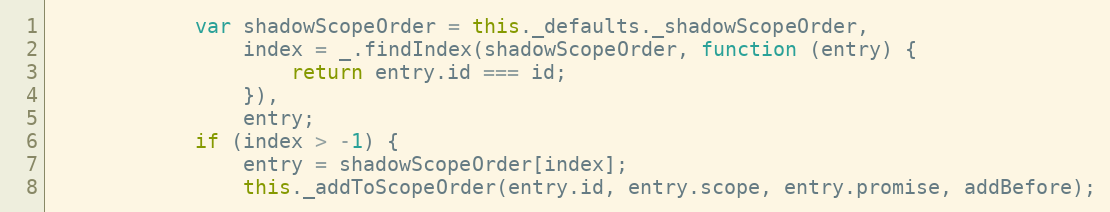
Language: JavaScript
            var shadowScopeOrder = this._defaults._shadowScopeOrder,
                index = _.findIndex(shadowScopeOrder, function (entry) {
                    return entry.id === id;
                }),
                entry;
            if (index > -1) {
                entry = shadowScopeOrder[index];
                this._addToScopeOrder(entry.id, entry.scope, entry.promise, addBefore);